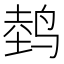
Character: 𱊀